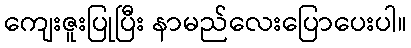
ကျေးဇူးပြုပြီး နာမည်လေးပြောပေးပါ။